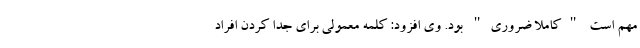
مهم است "کاملا ضروری" بود. وی افزود: کلمه معمولی برای جدا کردن افراد